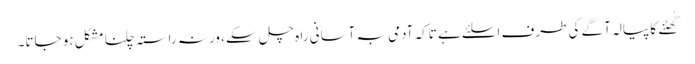
گُھٹنے کا پیالہ آگے کی طرف اسلئے ہے تاکہ آدمی بہ آسانی را ہ چل سکے، ورنہ راستہ چلنا مشکل ہو جاتا۔